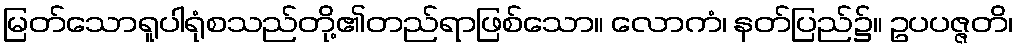
မြတ်သောရူပါရုံစသည်တို့၏တည်ရာဖြစ်သော။ လောကံ၊ နတ်ပြည်၌။ ဥပပဇ္ဇတိ၊